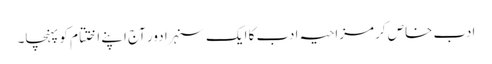
ادب خاص کر مزاحیہ ادب کا ایک سنہرا دور آج اپنے اختتام کو پہنچا۔